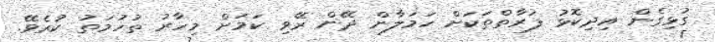
ގުޅިގެން އިދިކޮޅު ފަރާތްތަކަށް ހަމަލާން ދޭން ރޭވި ކަމަށް މިހާރު ތުހުމަތު ކުރެވޭ.